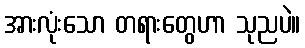
အားလုံးသော တရားတွေဟာ သုညပဲ။